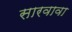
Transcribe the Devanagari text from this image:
सारवावा